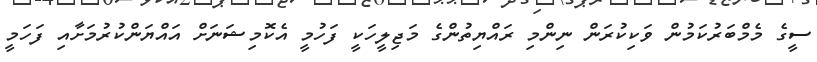
ސީގެ މެމްބަރުކަމުން ވަކިކުރަން ނިންމި ރައްޔިތުންގެ މަޖިލީހަކީ ފަހުމީ އެކޮމިޝަނަށް އައްޔަންކުރުމަށާއި ފަހަމީ